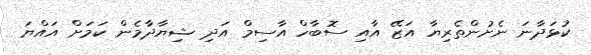
ކުޅަދާނަ ނެށުންތެރިޔާ އަޒޭ އާއި ސޮބާހް އާސިމް އަދި ޝިޔާދާމެން ކަމަށް އައްޔަ